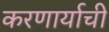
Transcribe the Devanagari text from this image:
करणार्याची